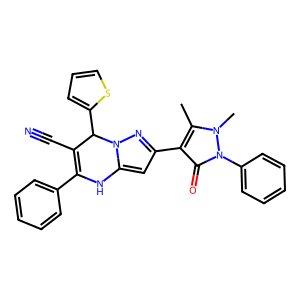
SMILES: Cc1c(-c2cc3n(n2)C(c2cccs2)C(C#N)=C(c2ccccc2)N3)c(=O)n(-c2ccccc2)n1C
Inhibits HIV replication: No